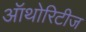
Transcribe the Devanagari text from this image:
ऑथोरिटीज